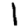
Digit: 1